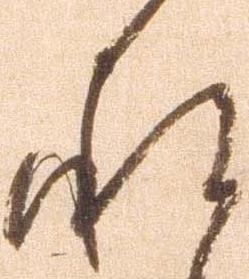
承